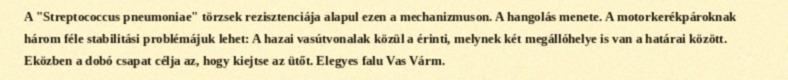
A "Streptococcus pneumoniae" törzsek rezisztenciája alapul ezen a mechanizmuson. A hangolás menete. A motorkerékpároknak három féle stabilitási problémájuk lehet: A hazai vasútvonalak közül a érinti, melynek két megállóhelye is van a határai között. Eközben a dobó csapat célja az, hogy kiejtse az ütőt. Elegyes falu Vas Várm.